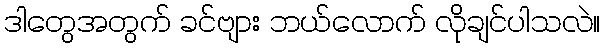
ဒါတွေအတွက် ခင်ဗျား ဘယ်လောက် လိုချင်ပါသလဲ။